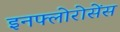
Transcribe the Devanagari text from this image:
इनफ्लोरोसेंस